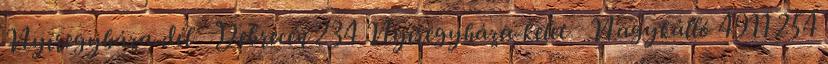
Nyíregyháza-dél Debrecen 234 Nyíregyháza-kelet Nagykálló 4911 254